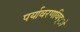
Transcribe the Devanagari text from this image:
पर्यावरणविद्ो